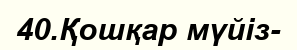
40.Қошқар мүйіз-